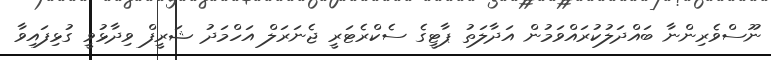
ނޫސްވެރިންނާ ބައްދަލުކުރައްވަމުން އަދާލަތު ޕާޓީގެ ސެކްރެޓަރީ ޖެނަރަލް އަހްމަދު ޝަރީފް ވިދާޅުވީ ގުޅިފައިވާ